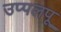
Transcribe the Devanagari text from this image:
उप्पलपू